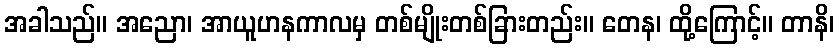
အခါသည်။ အညော၊ အာယူဟနကာလမှ တစ်မျိုးတစ်ခြားတည်း။ တေန၊ ထို့ကြောင့်။ တာနိ၊